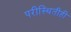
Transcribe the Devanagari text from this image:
परीस्थितीही